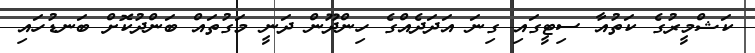
ކަޝްމީރުގެ ކަތުއާ ސިޓީގައި ގިނަ އަދަދެެއްގެ ހިންދޫން ދަނީ މަގުތައް ބަންދުކޮށް ބަނޑުހައި